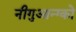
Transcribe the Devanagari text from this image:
नीगुआन्ग्को